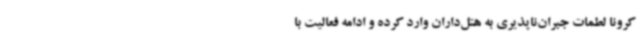
کرونا لطمات جبران‌ناپذیری به هتل‌داران وارد کرده و ادامه فعالیت با